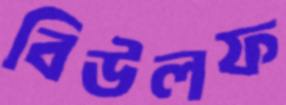
বিউলফ